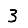
Digit: 3